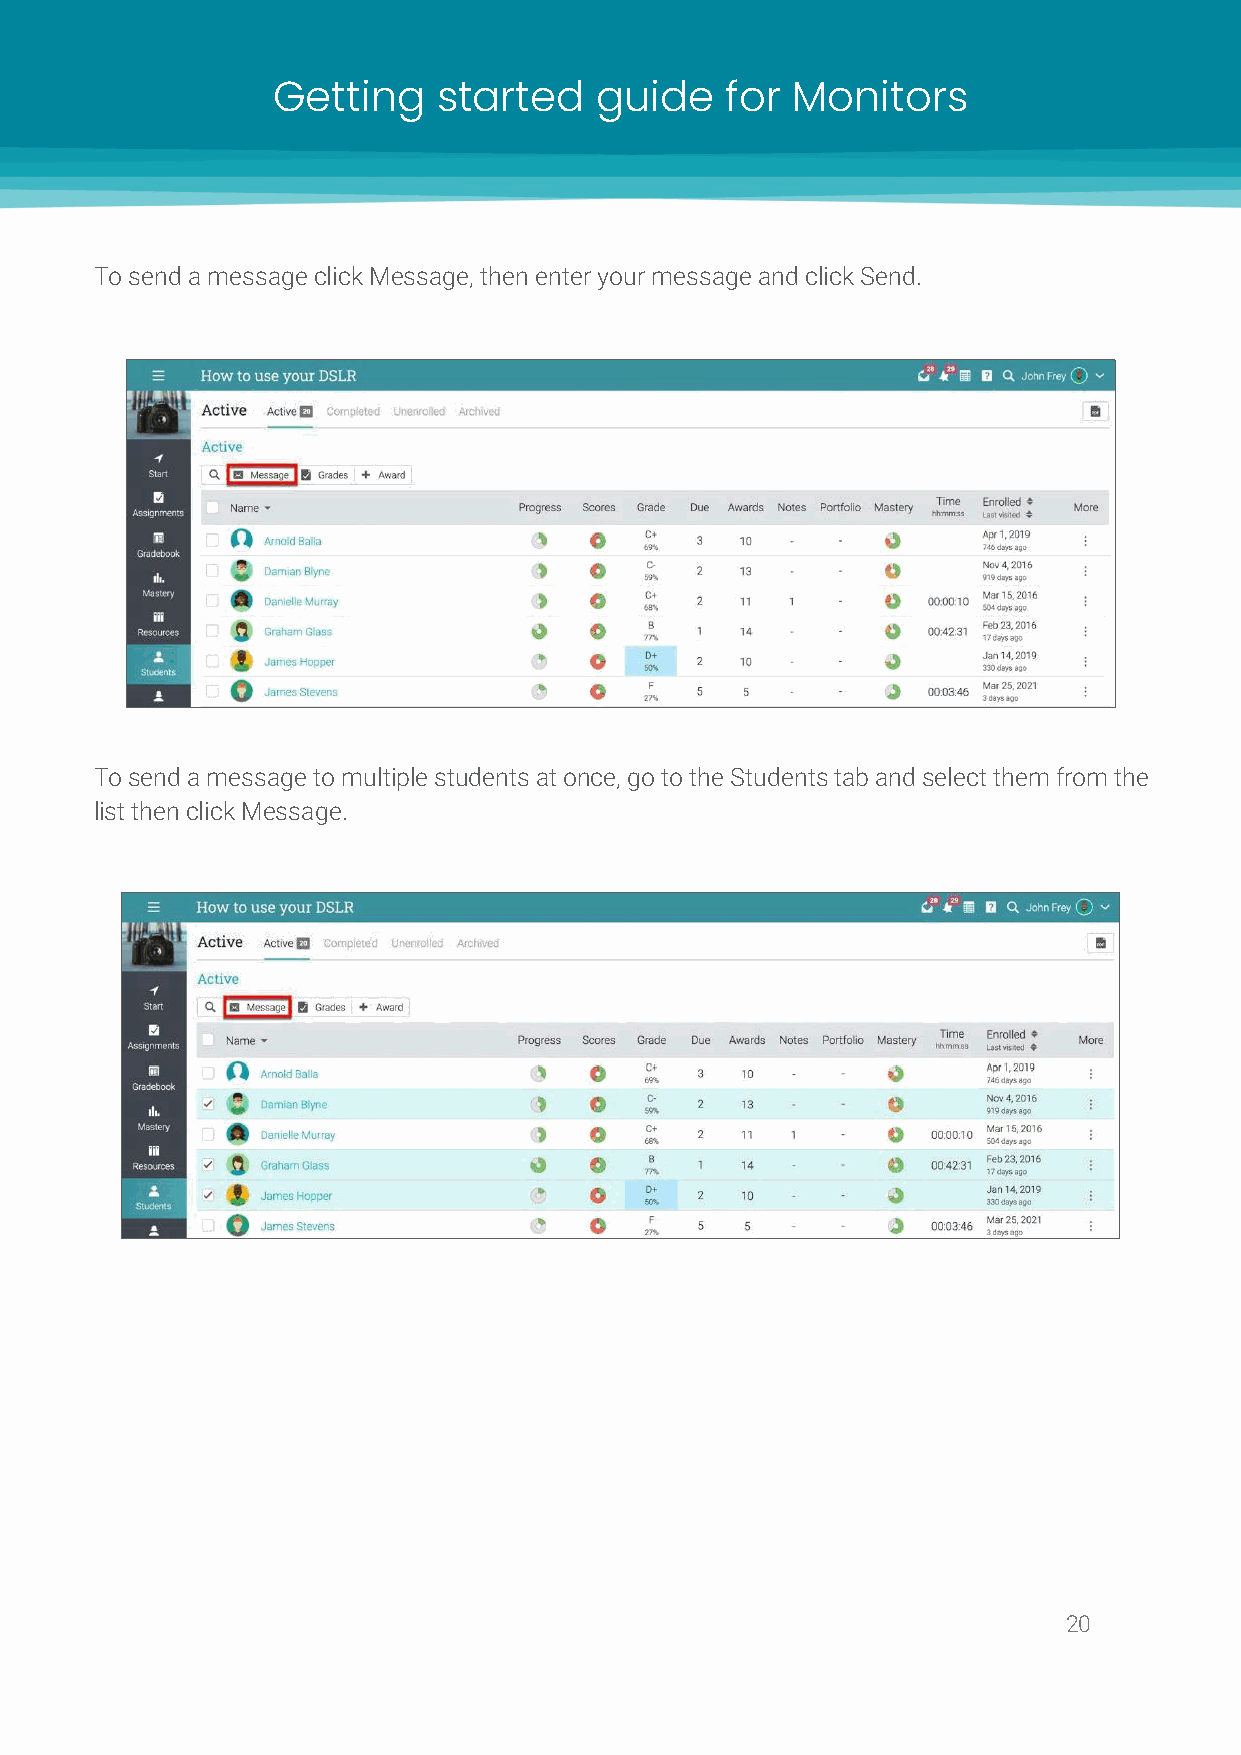
Getting    started   guide    for Monitors
 To send a message click Message, then enter your message and click Send.
 To send a message to multiple students at once, go to the Students tab and select them from the
 list then click Message.
 20